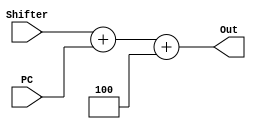
`timescale 1ns / 1ps
//////////////////////////////////////////////////////////////////////////////////
// Company: 
// Engineer: 
// 
// Design Name: 
// Module Name:    NAdder 
// Project Name: 
// Target Devices: 
// Tool versions: 
// Description: 
//
// Dependencies: 
//
// Revision: 
// Revision 0.01 - File Created
// Additional Comments: 
//
//////////////////////////////////////////////////////////////////////////////////
module NAdder(
	input wire [31:0] Shifter,
	input wire [31:0] PC,
	output wire [31:0] Out
    );
	assign Out = Shifter + PC + 4;
endmodule